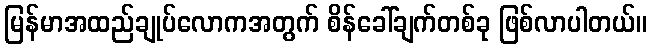
မြန်မာအထည်ချုပ်လောကအတွက် စိန်ခေါ်ချက်တစ်ခု ဖြစ်လာပါတယ်။